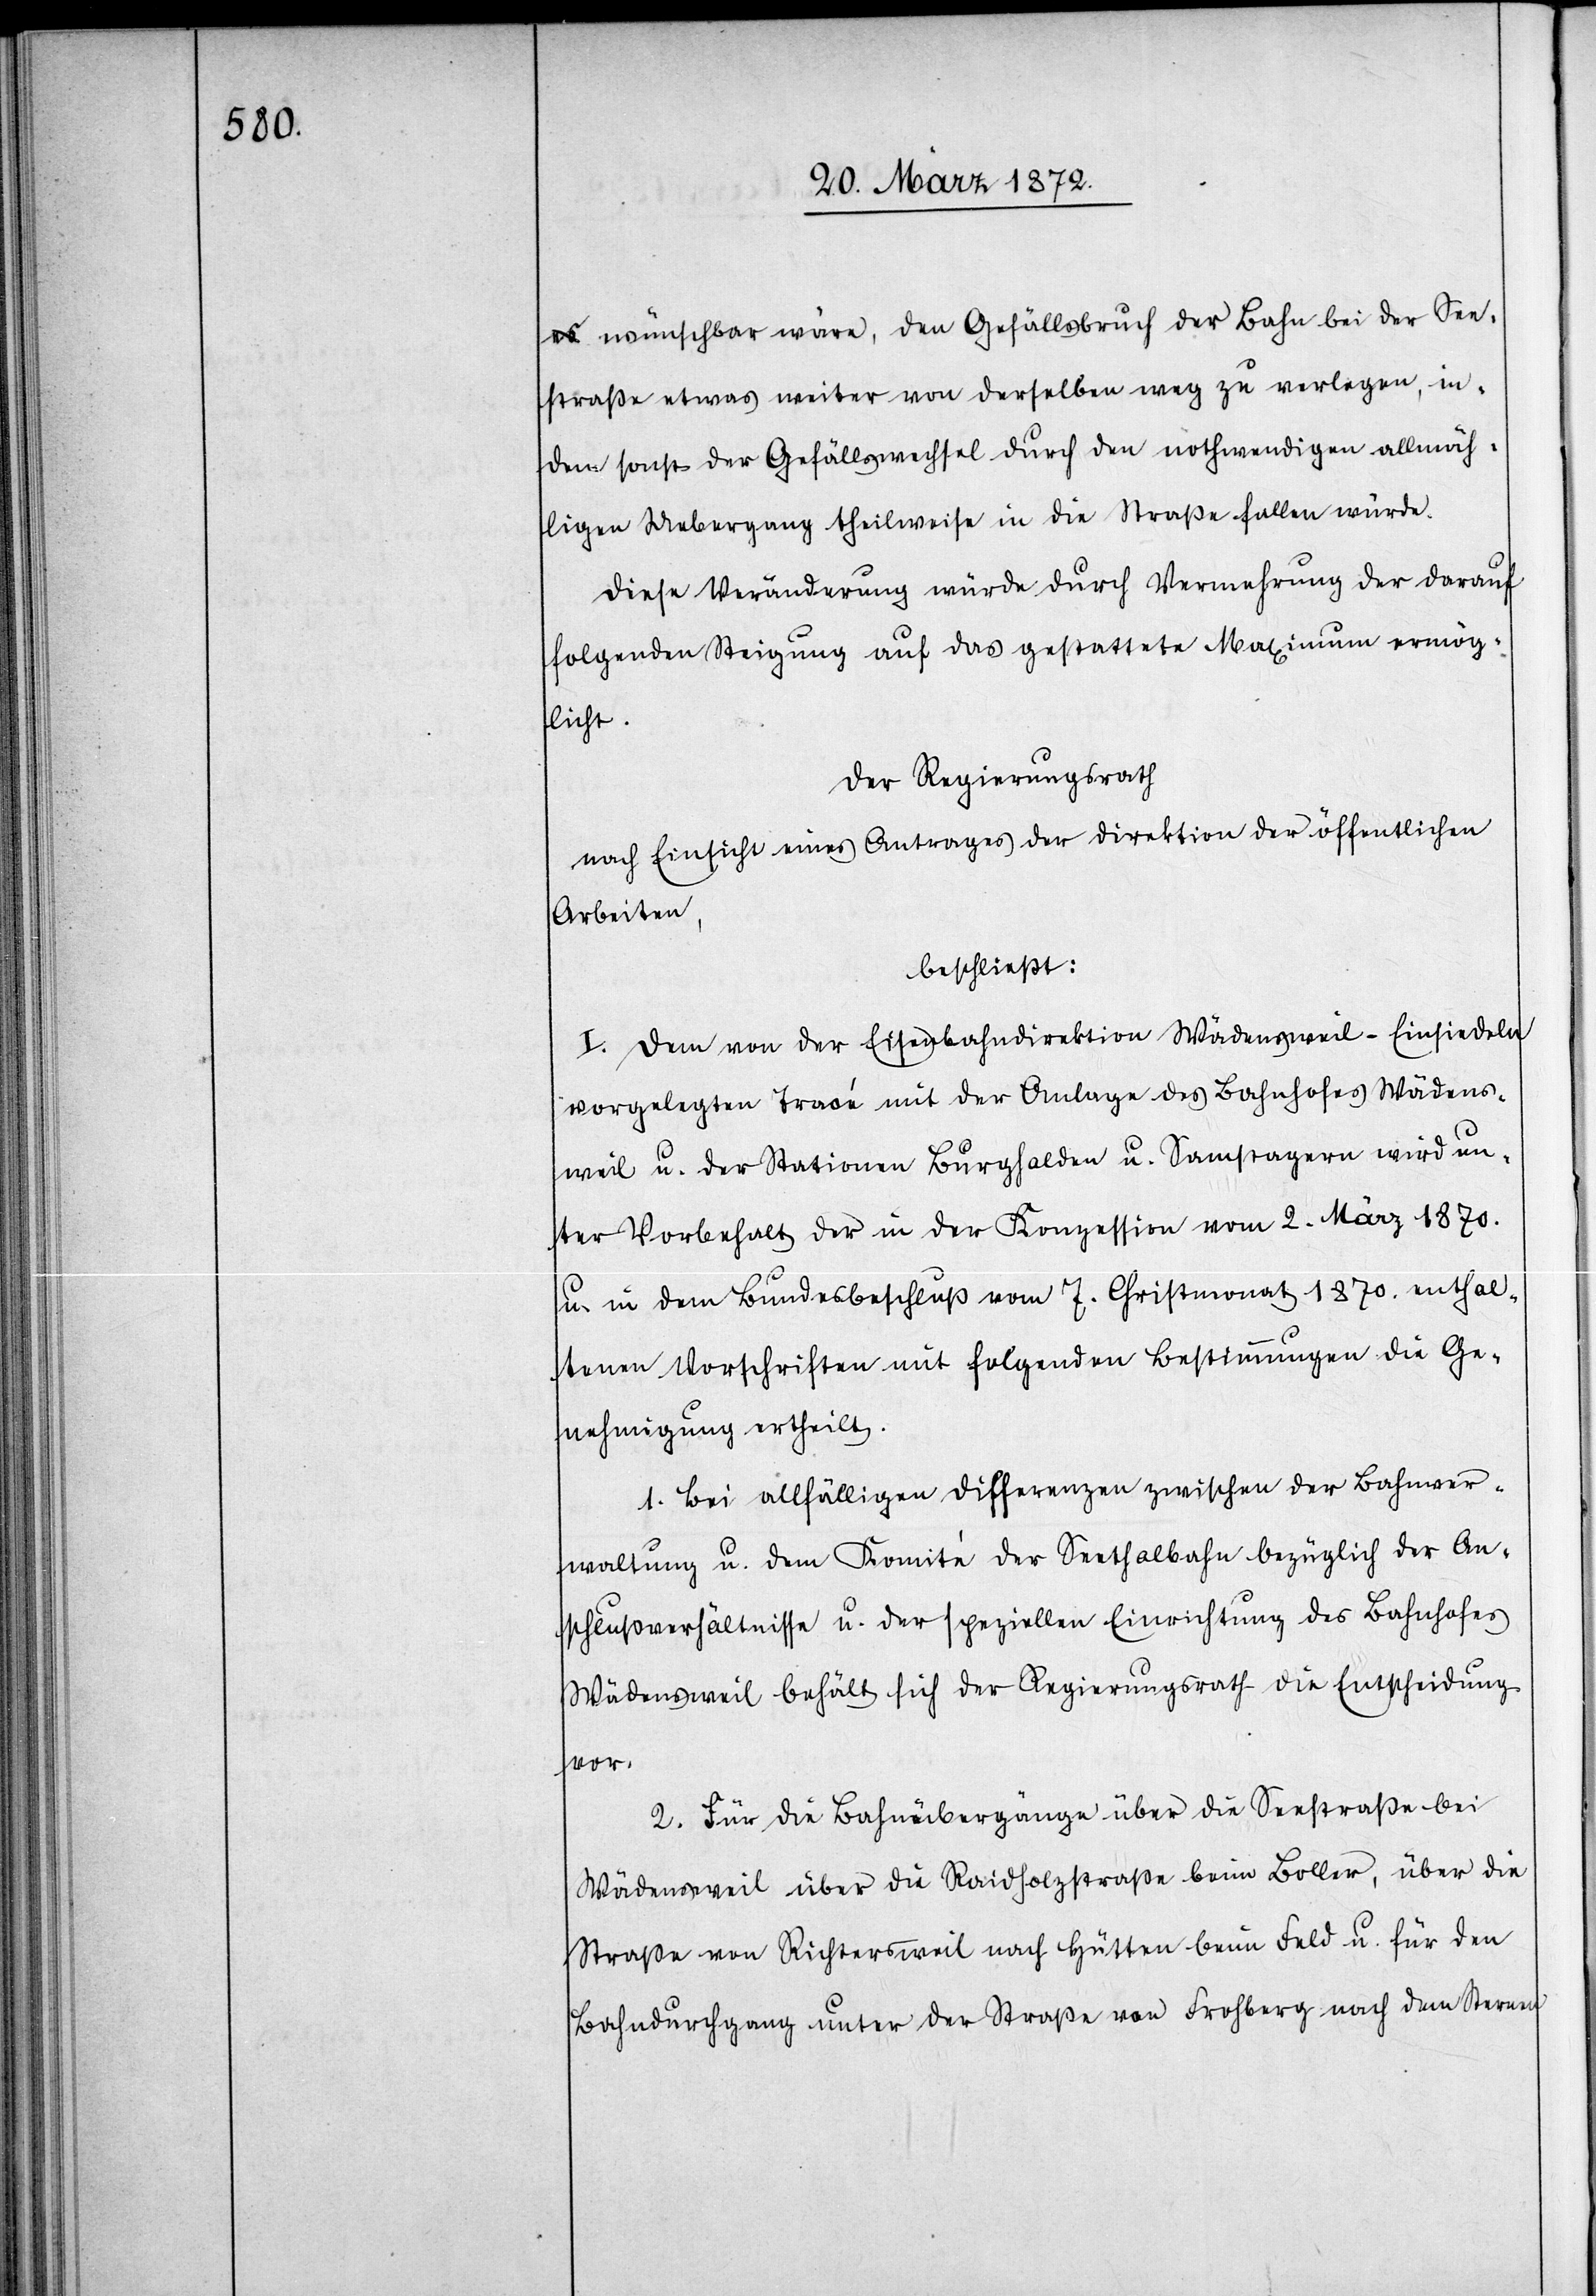
wünschbar wäre, den Gefällsbruch der Bahn bei der See¬
straße etwas weiter von derselben weg zu verlegen, in¬
dem sonst der Gefällswechsel durch den nothwendigen allmäh¬
lichen Uebergang theilweise in die Straße fallen würde.
Diese Veränderung würde durch Vermehrung der darauf
folgenden Steigung auf das gestattete Maximum ermög¬
licht.
Der Regierungsrath
nach Einsicht eines Antrages der Direktion der öffentlichen
Arbeiten,
beschließt:
I. Dem von der Eisenbahndirektion Wädensweil–Einsiedeln
vorgelegten Tracé mit der Anlage des Bahnhofes Wädens¬
weil u. der Stationen Burghalden u. Samstagern wird un¬
ter Vorbehalt der in der Konzession vom 2. März 1870.
u. in dem Bundesbeschluß vom 7. Christmonat 1870. enthal¬
tenen Vorschriften mit folgenden Bestimmungen die Ge¬
nehmigung ertheilt.
1. Bei allfälligen Differenzen zwischen der Bahnver¬
waltung u. dem Komité der Seethalbahn bezüglich der An¬
schlußverhältnisse u. der speziellen Einrichtung des Bahnhofes
Wädensweil behält sich der Regierungsrath die Entscheidung
vor.
2. Für die Bahnübergänge über die Seestraße bei
Wädensweil über die Raidholzstraße beim Boller, über die
Straße von Richtersweil nach Hütten beim Feld u. für den
Bahndurchgang unter der Straße von Frohberg nach dem Sternen